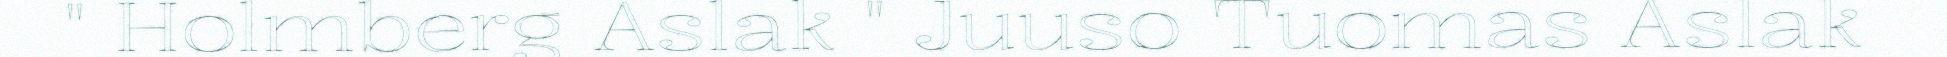
" Holmberg Aslak " Juuso Tuomas Aslak